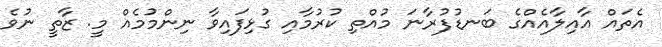
އެތައް އާއިލާއެއްގެ ބަނޑުފުރާނަ މުއްތި ކުރުމާއި ގުޅިފައިވާ ނިންމުމެއް މީ. ޒާތީ ނުވެ